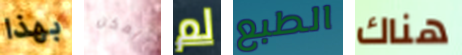
بهذا يمكن لم الطبع هناك